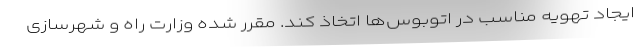
ایجاد تهویه مناسب در اتوبوس‌ها اتخاذ کند. مقرر شده وزارت راه و شهرسازی